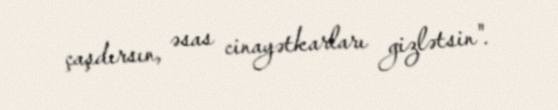
çaşdırsın, əsas cinayətkarları gizlətsin".